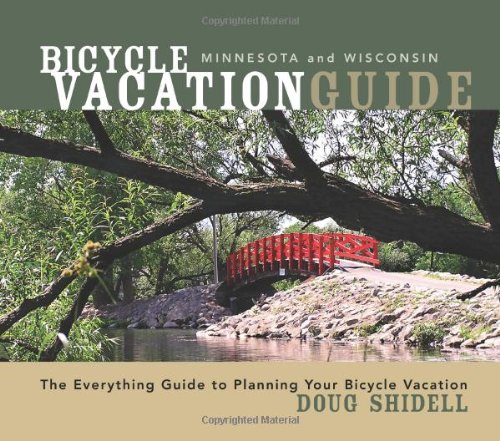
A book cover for Bicycle Vacation Guide Minnesota and Wisconsin; Doug Shidell; Travel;